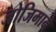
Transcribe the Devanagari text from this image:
जोजिमाने